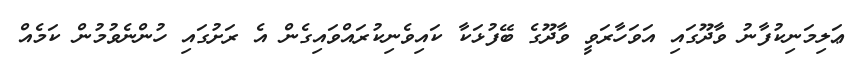
ޢަލިމަނިކުފާނު ވާދޫގައި އަވަހާރަވީ ވާދޫގެ ބޭފުޅަކާ ކައިވެނިކުރައްވައިގެން އެ ރަށުގައި ހުންނެވުމުން ކަމެއް